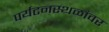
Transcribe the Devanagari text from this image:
पर्यटनस्थळांवर